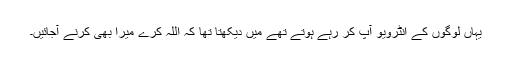
یہاں لوگوں کے انٹرویو آپ کر رہے ہوتے تھے میں دیکھتا تھا کہ اللہ کرے میرا بھی کرنے آجائیں۔